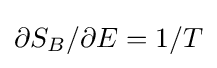
\partial S_{B}/\partial E=1/T